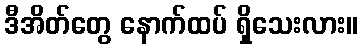
ဒီအိတ်တွေ နောက်ထပ် ရှိသေးလား။